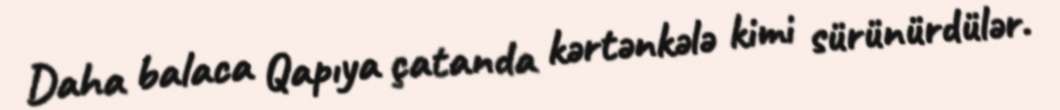
Daha balaca Qapıya çatanda kərtənkələ kimi sürünürdülər.